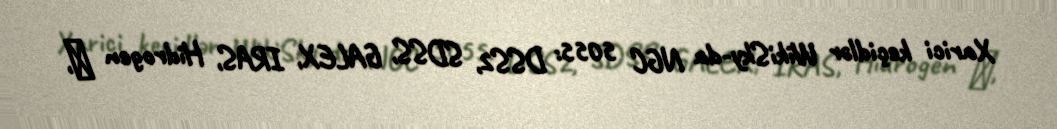
Xarici keçidlər WikiSky-da NGC 5055: DSS2, SDSS, GALEX, IRAS, Hidrogen α,